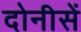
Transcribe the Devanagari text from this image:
दोनीसें